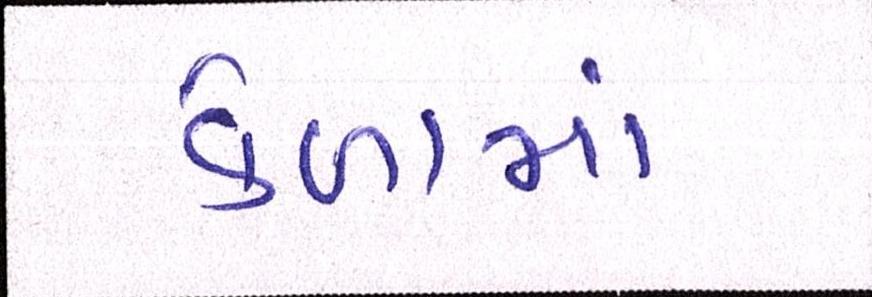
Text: કેળામાં